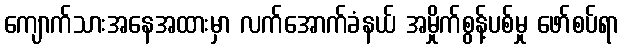
ကျောက်သားအနေအထားမှာ လက်အောက်ခံနယ် အမှိုက်စွန့်ပစ်မှု ဖော်စပ်ရာ